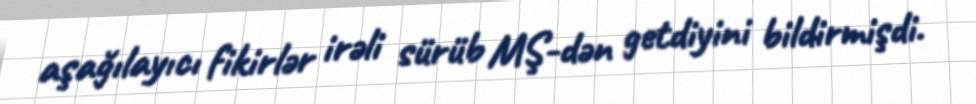
aşağılayıcı fikirlər irəli sürüb MŞ-dən getdiyini bildirmişdi.